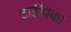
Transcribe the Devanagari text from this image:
टाईपिका